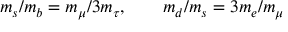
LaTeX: m _ { s } / m _ { b } = m _ { \mu } / 3 m _ { \tau } , \qquad m _ { d } / m _ { s } = 3 m _ { e } / m _ { \mu }